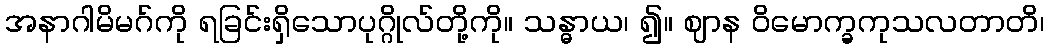
အနာဂါမိမဂ်ကို ရခြင်းရှိသောပုဂ္ဂိုလ်တို့ကို။ သန္ဓာယ၊ ၍။ ဈာန ဝိမောက္ခကုသလတာတိ၊